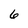
Character: 6